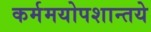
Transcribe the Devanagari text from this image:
कर्ममयोपशान्तये